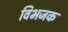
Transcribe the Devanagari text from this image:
विभजक